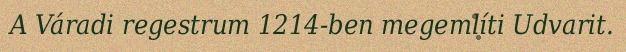
A Váradi regestrum 1214-ben megemlíti Udvarit.